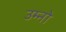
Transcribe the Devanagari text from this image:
उम्नो